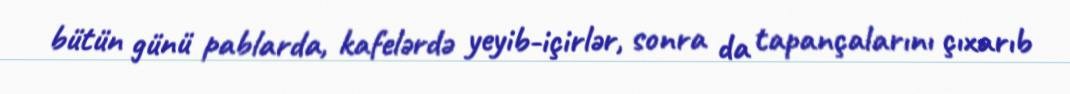
bütün günü pablarda, kafelərdə yeyib-içirlər, sonra da tapançalarını çıxarıb